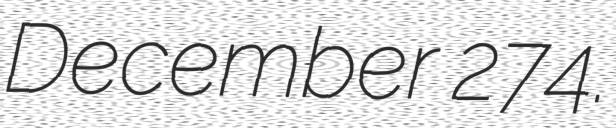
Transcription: December 274.